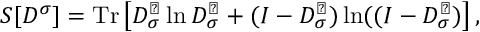
{ \cal S } [ D ^ { \sigma } ] = \mathrm { T r } \left[ D _ { \sigma } ^ { \perp } \ln D _ { \sigma } ^ { \perp } + ( I - D _ { \sigma } ^ { \perp } ) \ln ( ( I - D _ { \sigma } ^ { \perp } ) \right] ,